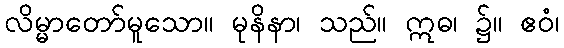
လိမ္မာတော်မူသော။ မုနိနာ၊ သည်။ ဣဓ၊ ၌။ ဧဝံ၊